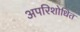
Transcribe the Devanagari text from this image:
अपरिशोधित